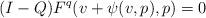
LaTeX: \begin{align*}(I-Q)F^q(v + \psi(v,p),p) = 0\end{align*}